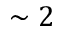
\sim 2